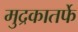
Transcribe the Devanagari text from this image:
मुद्रकातर्फे